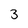
Character: 3